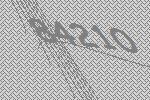
84210